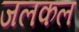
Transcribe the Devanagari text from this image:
जलकल